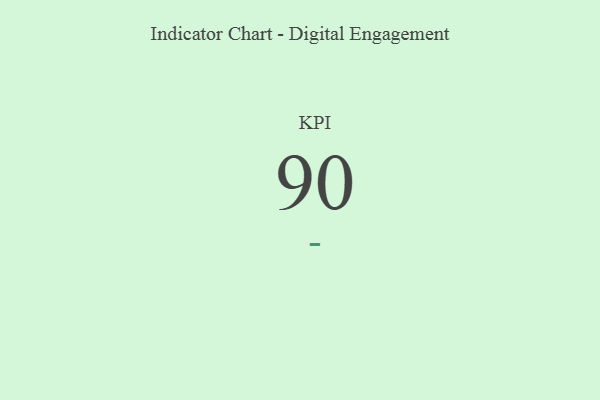
{"axis": {"x": "KPI", "y": "Value"}, "legend": [""], "data": [{"x": "KPI", "y": 90, "type": ""}]}